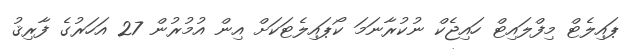
ޕައިލެޓް މިފްލައިޓް ހައިޖެކް ނުކުރާނަމަ ކޯޕައިލެޓަކަށް އިން އުމުރުން 27 އަހަރުގެ ފާރިޤު